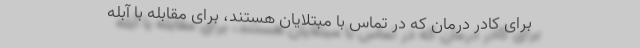
برای کادر درمان که در تماس با مبتلایان هستند، برای مقابله با آبله